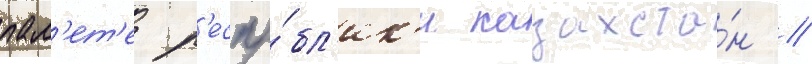
пал'ет'е р'еспу́бл'ик'и казахста́н /